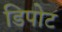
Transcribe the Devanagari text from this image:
डिपोट